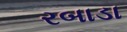
રબાડા